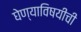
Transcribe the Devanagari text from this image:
घेण्याविषयीची